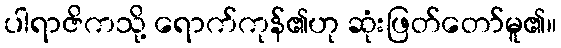
ပါရာဇိကသို့ ရောက်ကုန်၏ဟု ဆုံးဖြတ်တော်မူ၏။